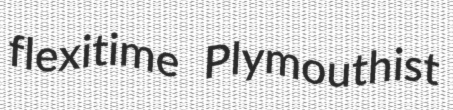
flexitime Plymouthist